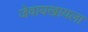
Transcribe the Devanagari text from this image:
जेवायखायला